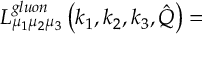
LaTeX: { \cal L } _ { \mu _ { 1 } \mu _ { 2 } \mu _ { 3 } } ^ { g l u o n } \left( k _ { 1 } , k _ { 2 } , k _ { 3 } , \hat { Q } \right) =